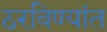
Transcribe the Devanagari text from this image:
ठरविण्यांत